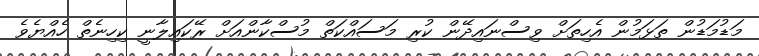
މަޑުމަޑުން ތަޅަމުން އެހިތަށް ވިސްނައިދޭން ކުރި މަސައްކަތް މުސްކާންއަށް ރޭކައިލާނީ ކިހިނެތް ހެއްޔެވެ